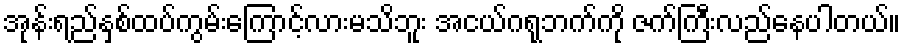
အုန်းရည်နှစ်ထပ်ကွမ်းကြောင့်လားမသိဘူး အငယ်ဂရုဘက်ကို ဇက်ကြီးလည်နေပါတယ်။